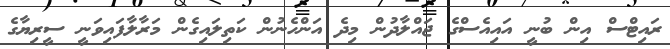
ރައިޓްސް އިން ބުނީ އައިއެސްގެ ޖައްލާދުން މިދެ އަންހެނުން ކަތިލައިގެން މަރާލާފައިވަނީ ސީރިޔާގެ